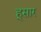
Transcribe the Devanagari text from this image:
हूसार